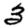
Digit: 3